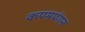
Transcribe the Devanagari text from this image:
कपमपंगन